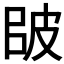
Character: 𰤠